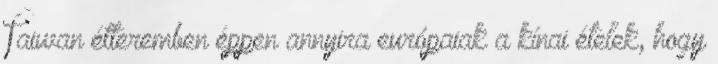
Taiwan étteremben éppen annyira európaiak a kínai ételek, hogy